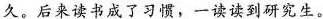
久。后来读书成了习惯，一读读到研究生。